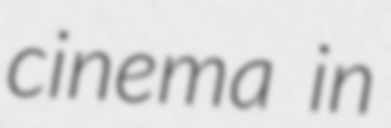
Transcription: cinema in